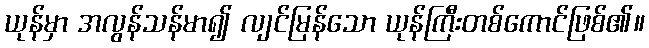
ယုန်မှာ အလွန်သန်မာ၍ လျင်မြန်သော ယုန်ကြီးတစ်ကောင်ဖြစ်၏။